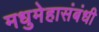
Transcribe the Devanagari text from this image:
मधुमेहासंबंधी